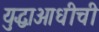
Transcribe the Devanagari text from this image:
युद्धाआधीची